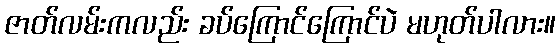
ဇာတ်လမ်းကလည်း ခပ်ကြောင်ကြောင်ပဲ မဟုတ်ပါလား။